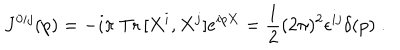
J ^ { 0 i j } ( p ) = - i \pi ~ \mathrm { T r } \, [ X ^ { i } , X ^ { j } ] e ^ { i p X } = \frac { 1 } { 2 } ( 2 \pi ) ^ { 2 } \epsilon ^ { i j } \delta ( p ) \; .